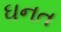
ઘનત